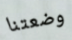
وضعتنا